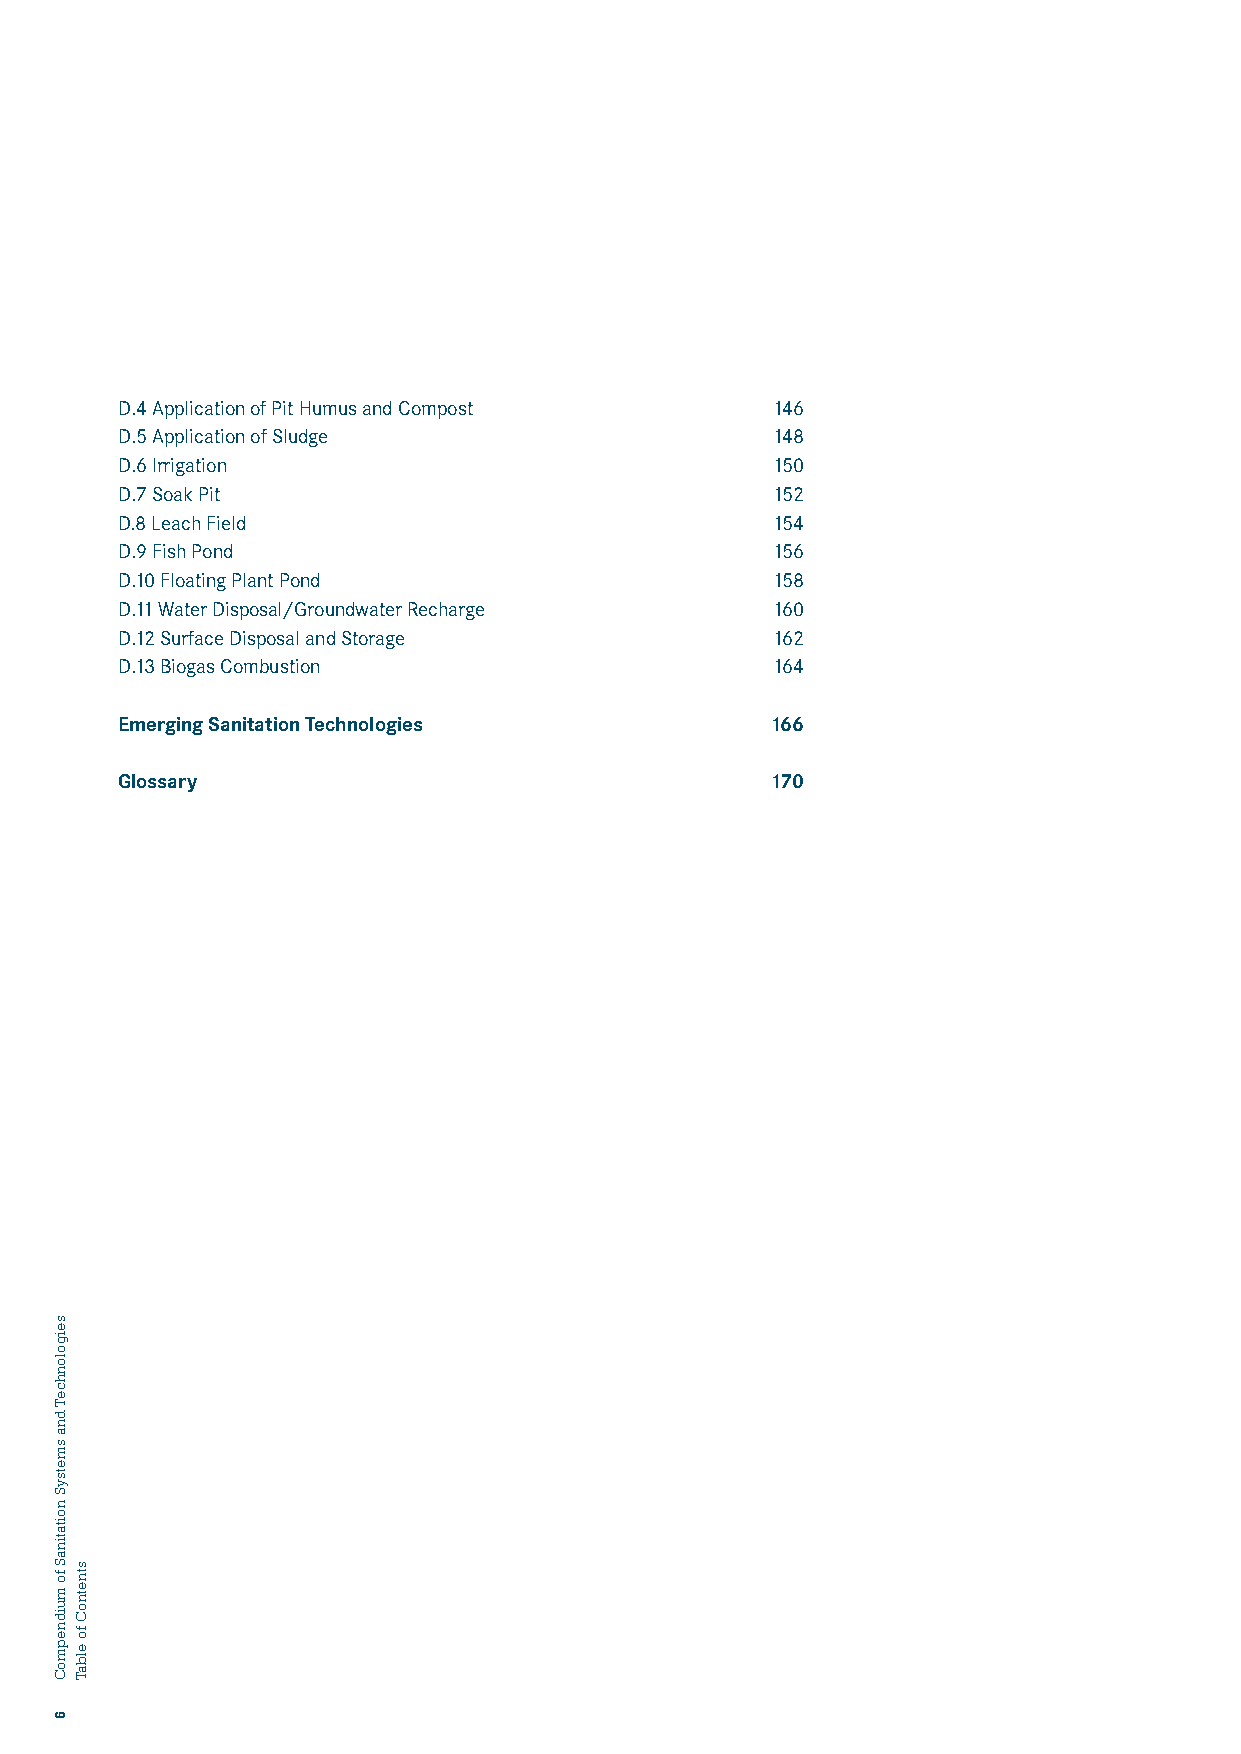
D.4 Application of Pit Humus and Compost   146
 D.5 Application of Sludge                  148
 D.6 Irrigation                             150
 D.7 Soak Pit                               152
 D.8 Leach Field                            154
 D.9 Fish Pond                              156
 D.10 Floating Plant Pond                   158
 D.11 Water Disposal/Groundwater Recharge   160
 D.12 Surface Disposal and Storage          162
 D.13 Biogas Combustion                     164
 Emerging Sanitation Technologies           166
 Glossary                                   170
 seigolonhceT
 dna
 smetsyS
 noitatinaS
 fo
 muidnepmoC
 6
 stnetnoC
 fo
 elbaT